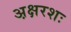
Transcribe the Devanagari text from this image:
अ़क्षरशः